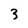
Character: 3